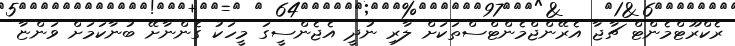
ރެކްރޫޓްމެންޓް ޗާޖާ އެރޭންޖްމެންޓްސްތަކަށް ލާރި ނުދީ އެޖެންސީގަ މީހަކު ގެންނާށޭ ބުނާކަމަށް ވަންޏާ